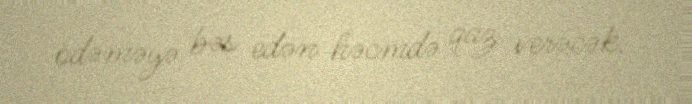
ödəməyə bəs edən həcmdə qaz verəcək.